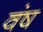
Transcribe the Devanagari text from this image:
वंष